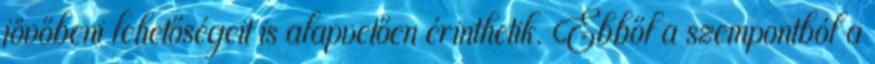
jövőbeni lehetőségeit is alapvetően érinthetik. Ebből a szempontból a